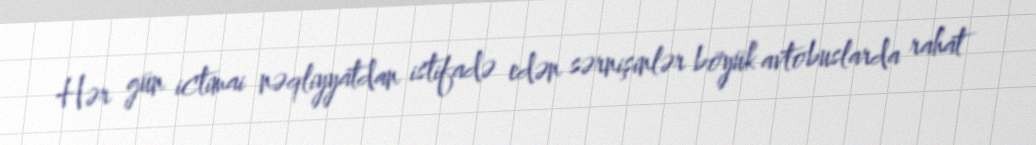
Hər gün ictimai nəqliyyatdan istifadə edən sərnişinlər böyük avtobuslarda rahat